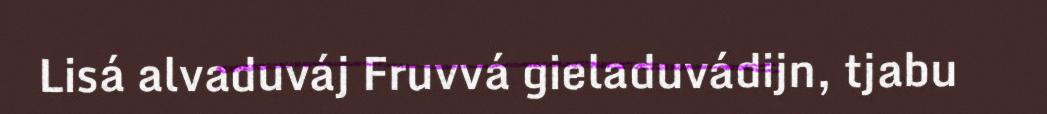
Lisá alvaduváj Fruvvá gieladuvádijn, tjabu